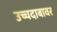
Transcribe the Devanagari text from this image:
उच्चदाबावर